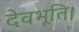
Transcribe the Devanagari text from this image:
देवभूति।